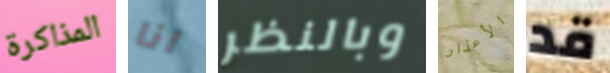
المذاكرة انا وبالنظر الأعذار قد